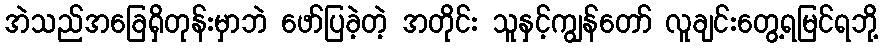
အဲသည်အခြေရှိတုန်းမှာဘဲ ဖော်ပြခဲ့တဲ့ အတိုင်း သူနှင့်ကျွန်တော် လူချင်းတွေ့ရမြင်ရဘို့